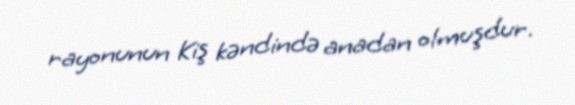
rayonunun Kiş kəndində anadan olmuşdur.